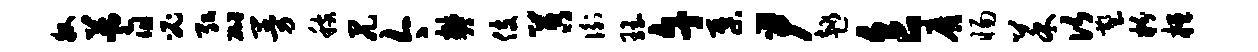
牧蓍必弘砌曼稼尻今樊伎苕衡珏午集尹趣食靡惕菜次塑粉桓